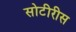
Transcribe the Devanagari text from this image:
सोटीरीस